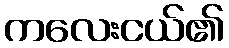
ကလေးငယ်၏